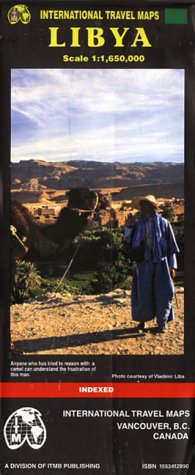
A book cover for Libya Map; International Travel Maps; Travel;